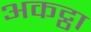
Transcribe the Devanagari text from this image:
अकट्ठा